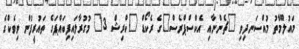
މައުލޫމާތު މުއްސަނދިވި "ޗެންނާއި އެކްސްޕްރެސް"ގެ ރެކޯޑް "ކްރިޝް 3" މުގުރާލައިފިބައްޕަގެ ތައުރީފުން ވިވެކްގެ